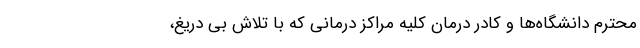
محترم دانشگاه‌ها و کادر درمان کلیه مراکز درمانی که با تلاش بی دریغ،